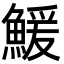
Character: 鰀